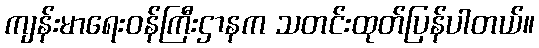
ကျန်းမာရေးဝန်ကြီးဌာနက သတင်းထုတ်ပြန်ပါတယ်။